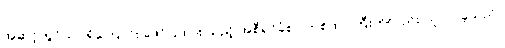
အဆင့်တွင်သာ ရှိကြောင်း ဖော်ပြထား သည့် အစီရင်ခံစာ တစ်ထပ်ကြီးကိုလည်း ယူလာခဲ့သည်။